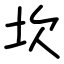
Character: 坎